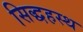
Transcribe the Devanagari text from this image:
सिद्धहस्थ